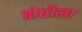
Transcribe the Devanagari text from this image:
बोधीला